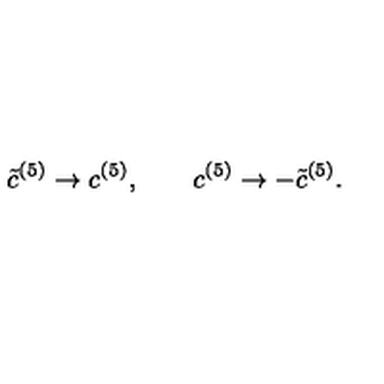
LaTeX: { \tilde { c } } ^ { ( 5 ) } \rightarrow c ^ { ( 5 ) } , \qquad c ^ { ( 5 ) } \rightarrow - { \tilde { c } } ^ { ( 5 ) } . \,